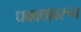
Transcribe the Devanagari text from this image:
धक्क्यावरून